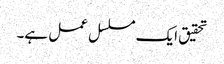
تحقیق ایک مسلسل عمل ہے۔